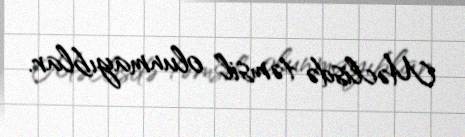
Məclisdə təmsil olunmayıblar.